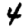
Digit: 4